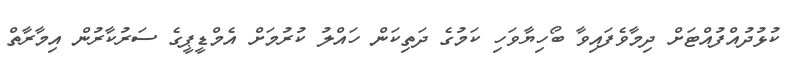
ކުޅުދުއްފުއްޓަށް ދިމާވެފައިވާ ބޯހިޔާވަހި ކަމުގެ ދަތިކަން ހައްލު ކުރުމަށް އެމްޑީޕީގެ ސަރުކާރުން އިމާރާތް